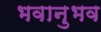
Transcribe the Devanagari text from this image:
भवानुभव